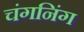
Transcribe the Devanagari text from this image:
चंगनिंग